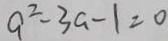
a ^ { 2 } - 3 a - 1 = 0